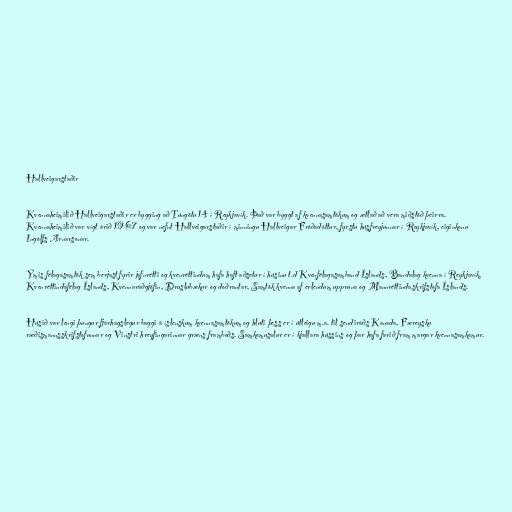
Hallveigarstaðir

Kvennaheimilið Hallveigarstaðir er bygging að Túngötu 14 í Reykjavík. Það var byggt af kvennasamtökum og ætlað að vera miðstöð þeirra.
Kvennaheimilið var vígt árið 1967 og var nefnt Hallveigarstaðir í minningu Hallveigar Fróðadóttur, fyrstu húsfreyjunnar í Reykjavík, eiginkonu
Ingólfs Arnarsonar.

Ýmis félagasamtök sem berjast fyrir jafnrétti og kvenréttindum hafa haft aðsetur í húsinu t.d Kvenfélagasamband Íslands, Bandalag kvenna í Reykjavík,
Kvenréttindafélag Íslands, Kvennaráðgjöfin, Druslubækur og doðrantar, Samtök kvenna af erlendum uppruna og Mannréttindaskrifstofa Íslands.

Húsið var lengi þungur fjárhagslegur baggi á íslenskum kvennasamtökum og hluti þess er í útleigu m.a. til sendiráðs Kanada, Færeysku
ræðismannsskrifstofunnar og Vinstri hreyfingarinnar græns framboðs. Samkomusalur er í kjallara hússins og þar hafa farið fram margar kvennasamkomur.